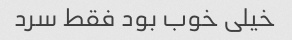
خیلی خوب بود فقط سرد